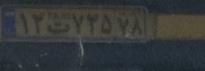
۱۲ت۷۲۵۷۸